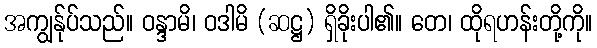
အကျွန်ုပ်သည်။ ဝန္ဒာမိ၊ ဝဒါမိ (ဆဋ္ဌ) ရှိခိုးပါ၏။ တေ၊ ထိုရဟန်းတို့ကို။